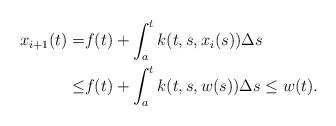
LaTeX: \begin{align*} x_{i+1}(t)=& f(t)+\int_a^tk(t,s,x_i(s))\Delta s \\ \leq & f(t)+\int_a^tk(t,s,w(s))\Delta s\leq w(t). \end{align*}